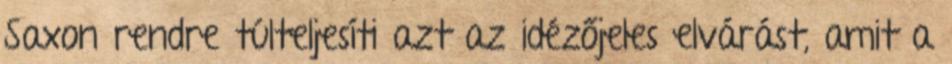
Saxon rendre túlteljesíti azt az idézőjeles elvárást, amit a